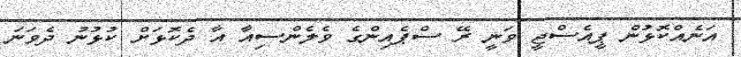
އަނެއްކޮޅުން ޕީއެސްޖީ ވަނީ ރޭ ސްޕެއިންގެ ވެލެންސިއާ އާ ދެކޮޅަށް ކުޅުނު ދެވަނަ